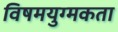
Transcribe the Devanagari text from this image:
विषमयुग्मकता